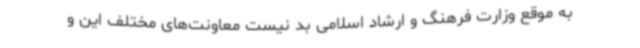
به موقع وزارت فرهنگ و ارشاد اسلامی بد نیست معاونت‌های مختلف این و